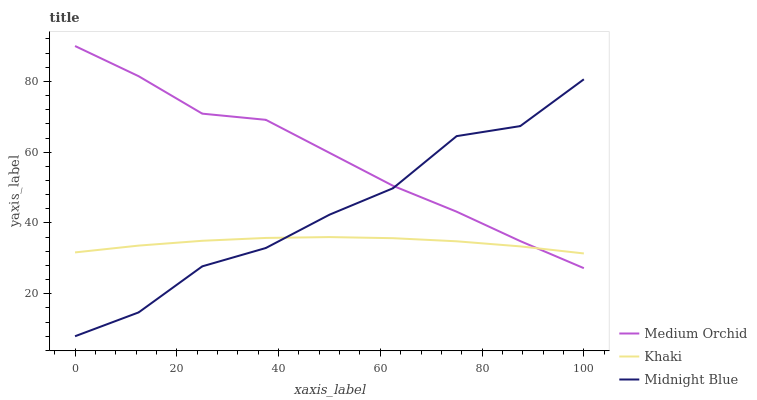
| xaxis_label | Medium Orchid | Khaki | Midnight Blue |
 | --- | --- | --- | --- |
 | 0 | 90 | 31.7 | 8 |
 | 12.5 | 81.5 | 33.6 | 14.7 |
 | 25 | 70.9 | 35 | 27.7 |
 | 37.5 | 69.1 | 35.8 | 32.9 |
 | 50 | 59.8 | 36 | 42.3 |
 | 62.5 | 50.5 | 35.7 | 49.8 |
 | 75 | 43.2 | 34.8 | 64.5 |
 | 87.5 | 34.9 | 33.4 | 67.4 |
 | 100 | 27.2 | 31.4 | 80.6 |